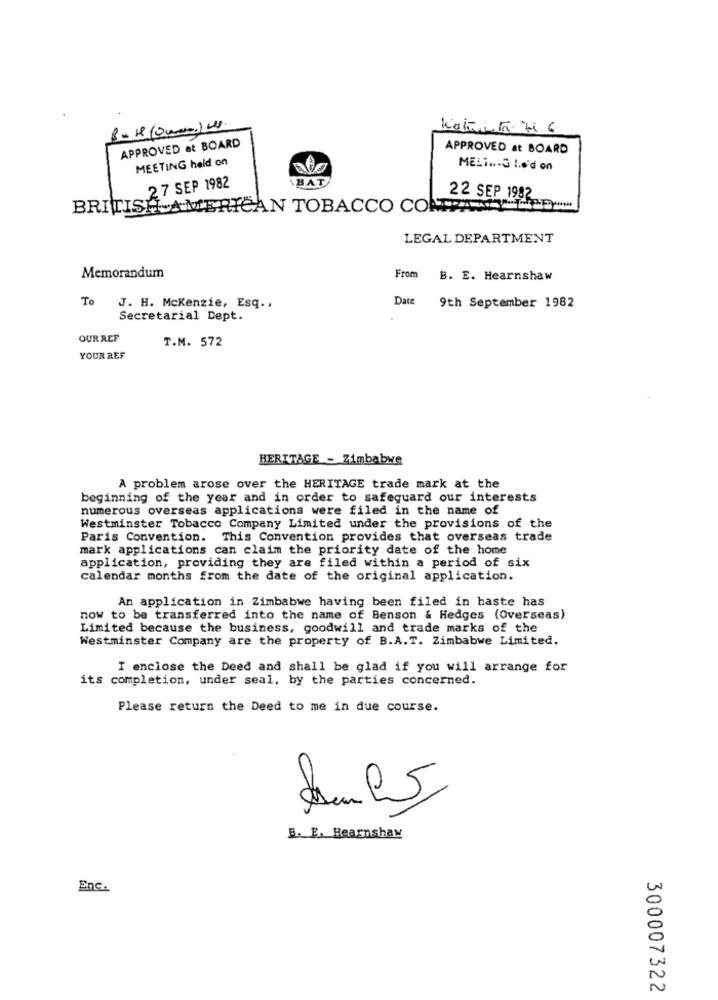
BxH (Oms) us.
APPROVED at BOARD
APPROVED at BOARD
MEETING held on
MELT ... G I.o'd on
BAT
27 SEP 1982
22 SEP 1982
BRITISH AMERICAN TOBACCO COMPANYLTD.
LEGAL DEPARTMENT
Memorandum
From
B. E. Hearnshaw
To
Date
9th September 1982
J. H. Mckenzie, Esq ..
Secretarial Dept.
OUR REF
T.M. 572
YOUR REF
HERITAGE - Zimbabwe
A problem arose over the HERITAGE trade mark at the
beginning of the year and in order to safeguard our interests
numerous overseas applications were filed in the name of
Westminster Tobacco Company Limited under the provisions of the
Paris Convention. This Convention provides that overseas trade
mark applications can claim the priority date of the home
application, providing they are filed within a period of six
calendar months from the date of the original application.
An application in Zimbabwe having been filed in haste has
now to be transferred into the name of Benson & Hedges (Overseas)
Limited because the business, goodwill and trade marks of the
Westminster Company are the property of B.A.T. Zimbabwe Limited.
I enclose the Deed and shall be glad if you will arrange for
its completion, under seal, by the parties concerned.
Please return the Deed to me in due course.
0
B. E. Hearnshaw
Enc.
300007322